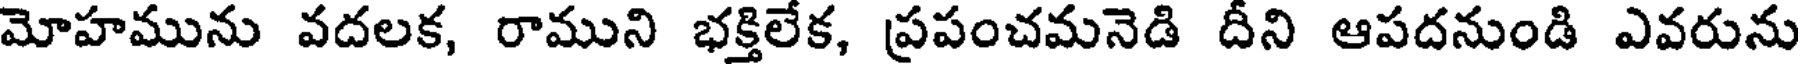
మోహమును వదలక, రాముని భక్తిలేక, ప్రపంచమనెడి దీని ఆపదనుండి ఎవరును